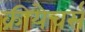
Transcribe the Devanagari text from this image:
क्रीयेचर्स